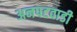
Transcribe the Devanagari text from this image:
अनपटवाडी